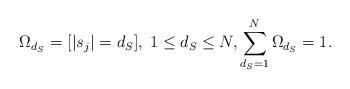
LaTeX: \begin{align*}\Omega_{d_S} & = [ |s_j| = d_S ], \; 1 \leq d_S \leq N, \sum_{d_S = 1}^{N} \Omega_{d_S} = 1.\end{align*}